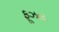
ફૂઝલ